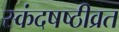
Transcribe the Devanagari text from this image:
स्कंदषष्ठीव्रत